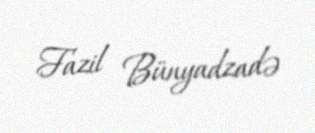
Fazil Bünyadzadə